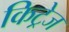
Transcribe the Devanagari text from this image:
किट्रेज